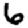
Digit: 6